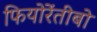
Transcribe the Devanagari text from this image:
फियोरेंतीबो